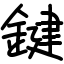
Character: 鍵